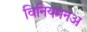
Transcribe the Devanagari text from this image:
विनियमनअ